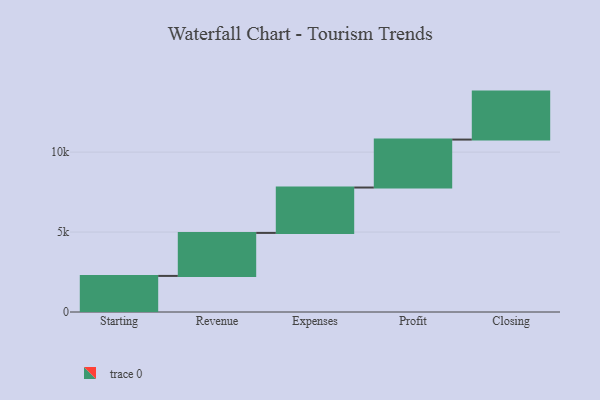
{"axis": {"x": "Step", "y": "Value"}, "legend": [""], "data": [{"x": "Starting", "y": 2257.0, "type": ""}, {"x": "Revenue", "y": 2690.0, "type": ""}, {"x": "Expenses", "y": 2838.0, "type": ""}, {"x": "Profit", "y": 3000, "type": ""}, {"x": "Closing", "y": 3000, "type": ""}]}